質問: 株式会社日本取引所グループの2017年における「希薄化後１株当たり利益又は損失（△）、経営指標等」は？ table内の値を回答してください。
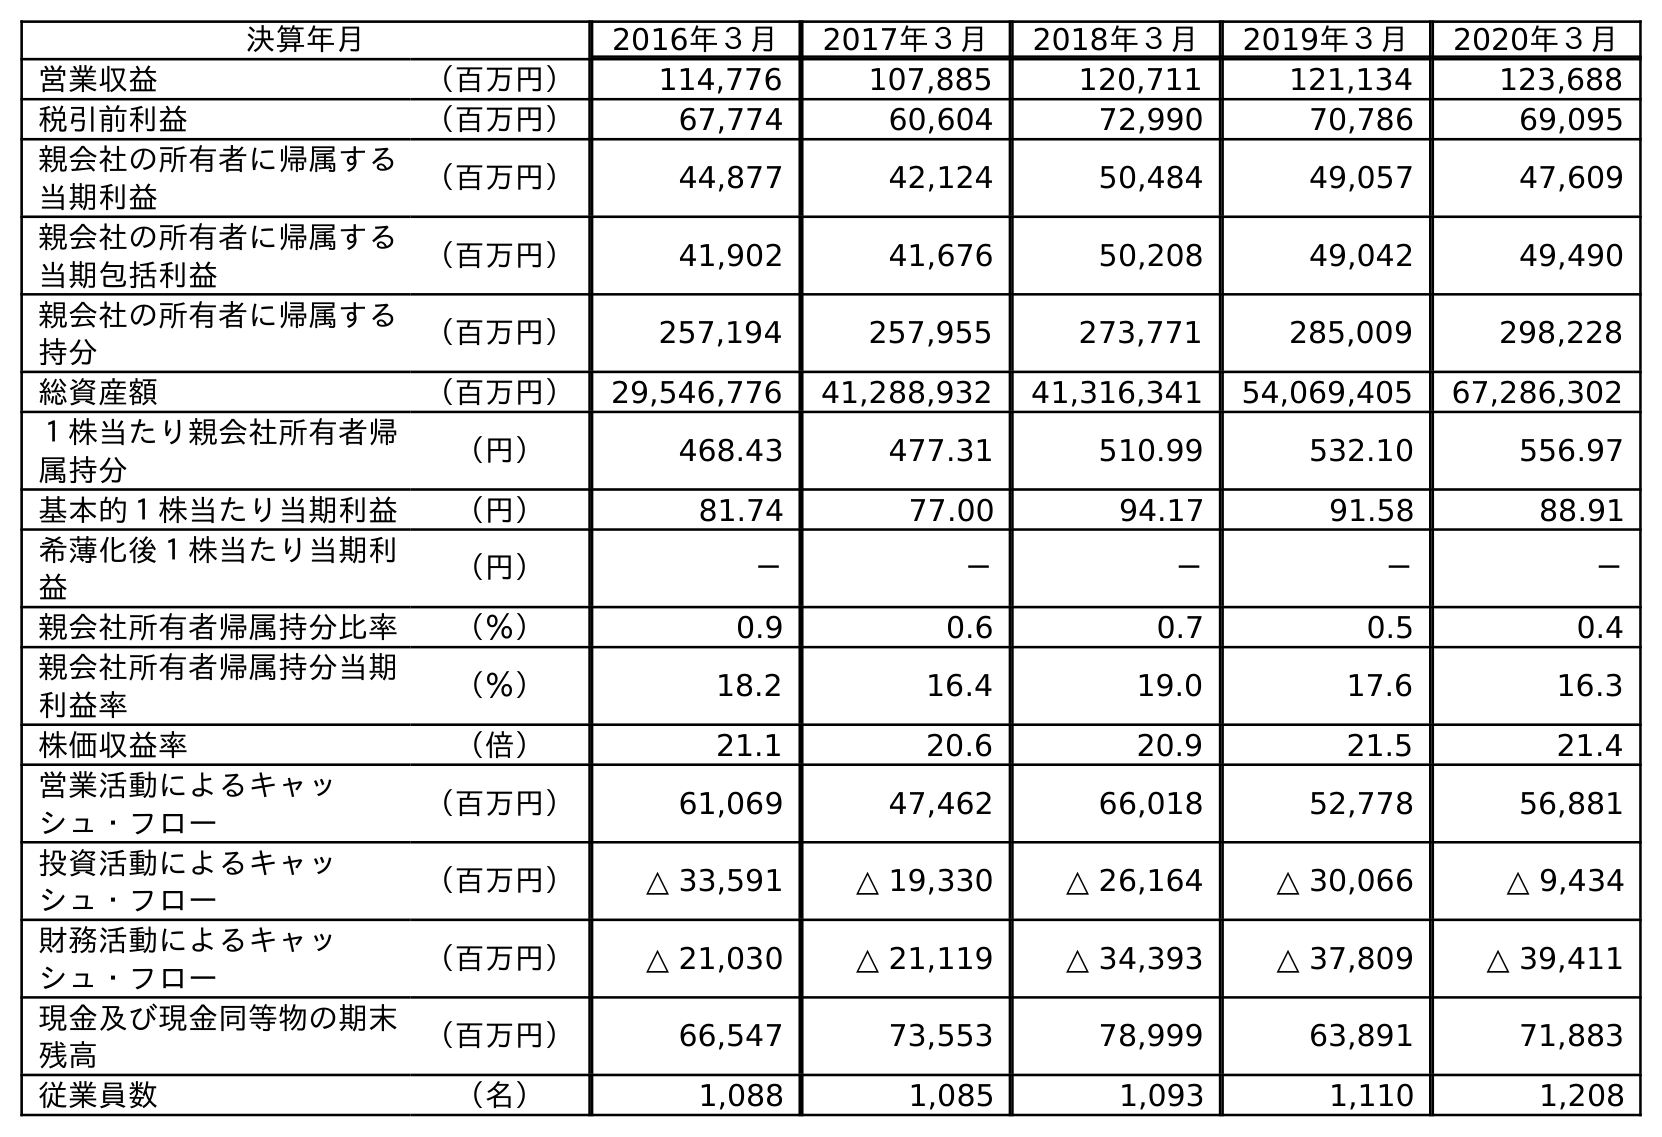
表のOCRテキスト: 決算年月 2016年３月 2017年３月 2018年３月 2019年３月 2020年３月 営業収益 （百万円） 114,776 107,885 120,711 121,134 123,688 税引前利益 （百万円） 67,774 60,604 72,990 70,786 69,095 親会社の所有者に帰属する 当期利益 （百万円） 44,877 42,124 50,484 49,057 47,609 親会社の所有者に帰属する 当期包括利益 （百万円） 41,902 41,676 50,208 49,042 49,490 親会社の所有者に帰属する 持分 （百万円） 257,194 257,955 273,771 285,009 298,228 総資産額 （百万円） 29,546,776 41,288,932 41,316,341 54,069,405 67,286,302 １株当たり親会社所有者帰 属持分 （円） 468.43 477.31 510.99 532.10 556.97 基本的１株当たり当期利益 （円） 81.74 77.00 94.17 91.58 88.91 希薄化後１株当たり当期利 益 （円） － － － － － 親会社所有者帰属持分比率 （％） 0.9 0.6 0.7 0.5 0.4 親会社所有者帰属持分当期 利益率 （％） 18.2 16.4 19.0 17.6 16.3 株価収益率 （倍） 21.1 20.6 20.9 21.5 21.4 営業活動によるキャッ シュ・フロー （百万円） 61,069 47,462 66,018 52,778 56,881 投資活動によるキャッ シュ・フロー （百万円） △ 33,591 △ 19,330 △ 26,164 △ 30,066 △ 9,434 財務活動によるキャッ シュ・フロー （百万円） △ 21,030 △ 21,119 △ 34,393 △ 37,809 △ 39,411 現金及び現金同等物の期末 残高 （百万円） 66,547 73,553 78,999 63,891 71,883 従業員数 （名） 1,088 1,085 1,093 1,110 1,208
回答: －